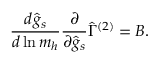
\frac { d \hat { g } _ { s } } { d \ln m _ { h } } \frac { \partial } { \partial \hat { g } _ { s } } \hat { \Gamma } ^ { ( 2 ) } = B .